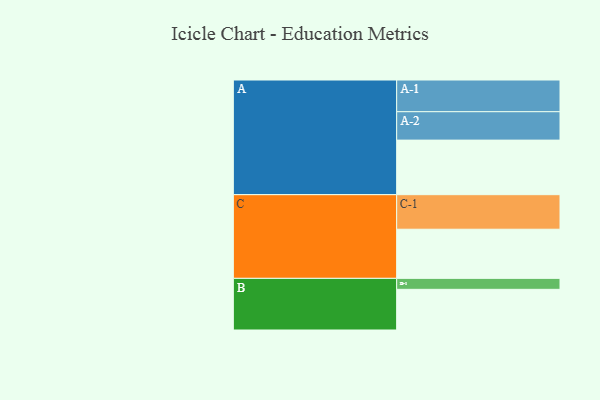
{"axis": {"x": "Segment", "y": "Value"}, "legend": ["", "A", "B", "C"], "data": [{"x": "A", "y": 463, "type": ""}, {"x": "B", "y": 345, "type": ""}, {"x": "C", "y": 417, "type": ""}, {"x": "A-1", "y": 269, "type": "A"}, {"x": "A-2", "y": 241, "type": "A"}, {"x": "B-1", "y": 93, "type": "B"}, {"x": "C-1", "y": 293, "type": "C"}]}